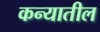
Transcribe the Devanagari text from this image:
कन्यातील